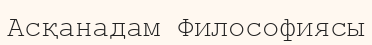
Асқанадам Философиясы